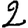
Digit: 2